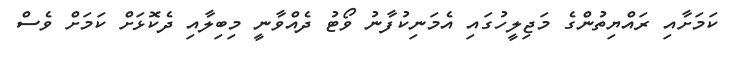
ކަމަށާއި ރައްޔިތުންގެ މަޖިލީހުގައި އެމަނިކުފާނު ވޯޓު ދެއްވާނީ މިބިލާއި ދެކޮޅަށް ކަމަށް ވެސް